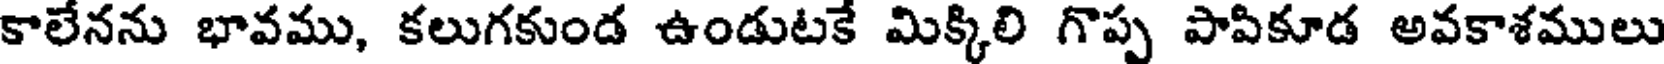
కాలేనను భావము, కలుగకుండ ఉండుటకే మిక్కిలి గొప్ప పాపికూడ అవకాశములు